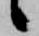
候